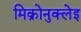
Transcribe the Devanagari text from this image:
मिक्रोनुक्लेइ